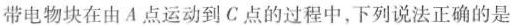
带电物块在由A点运动到C点的过程中，下列说法正确的是